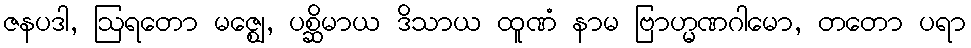
ဇနပဒါ, ဩရတော မဇ္ဈေ, ပစ္ဆိမာယ ဒိသာယ ထူဏံ နာမ ဗြာဟ္မဏဂါမော, တတော ပရာ